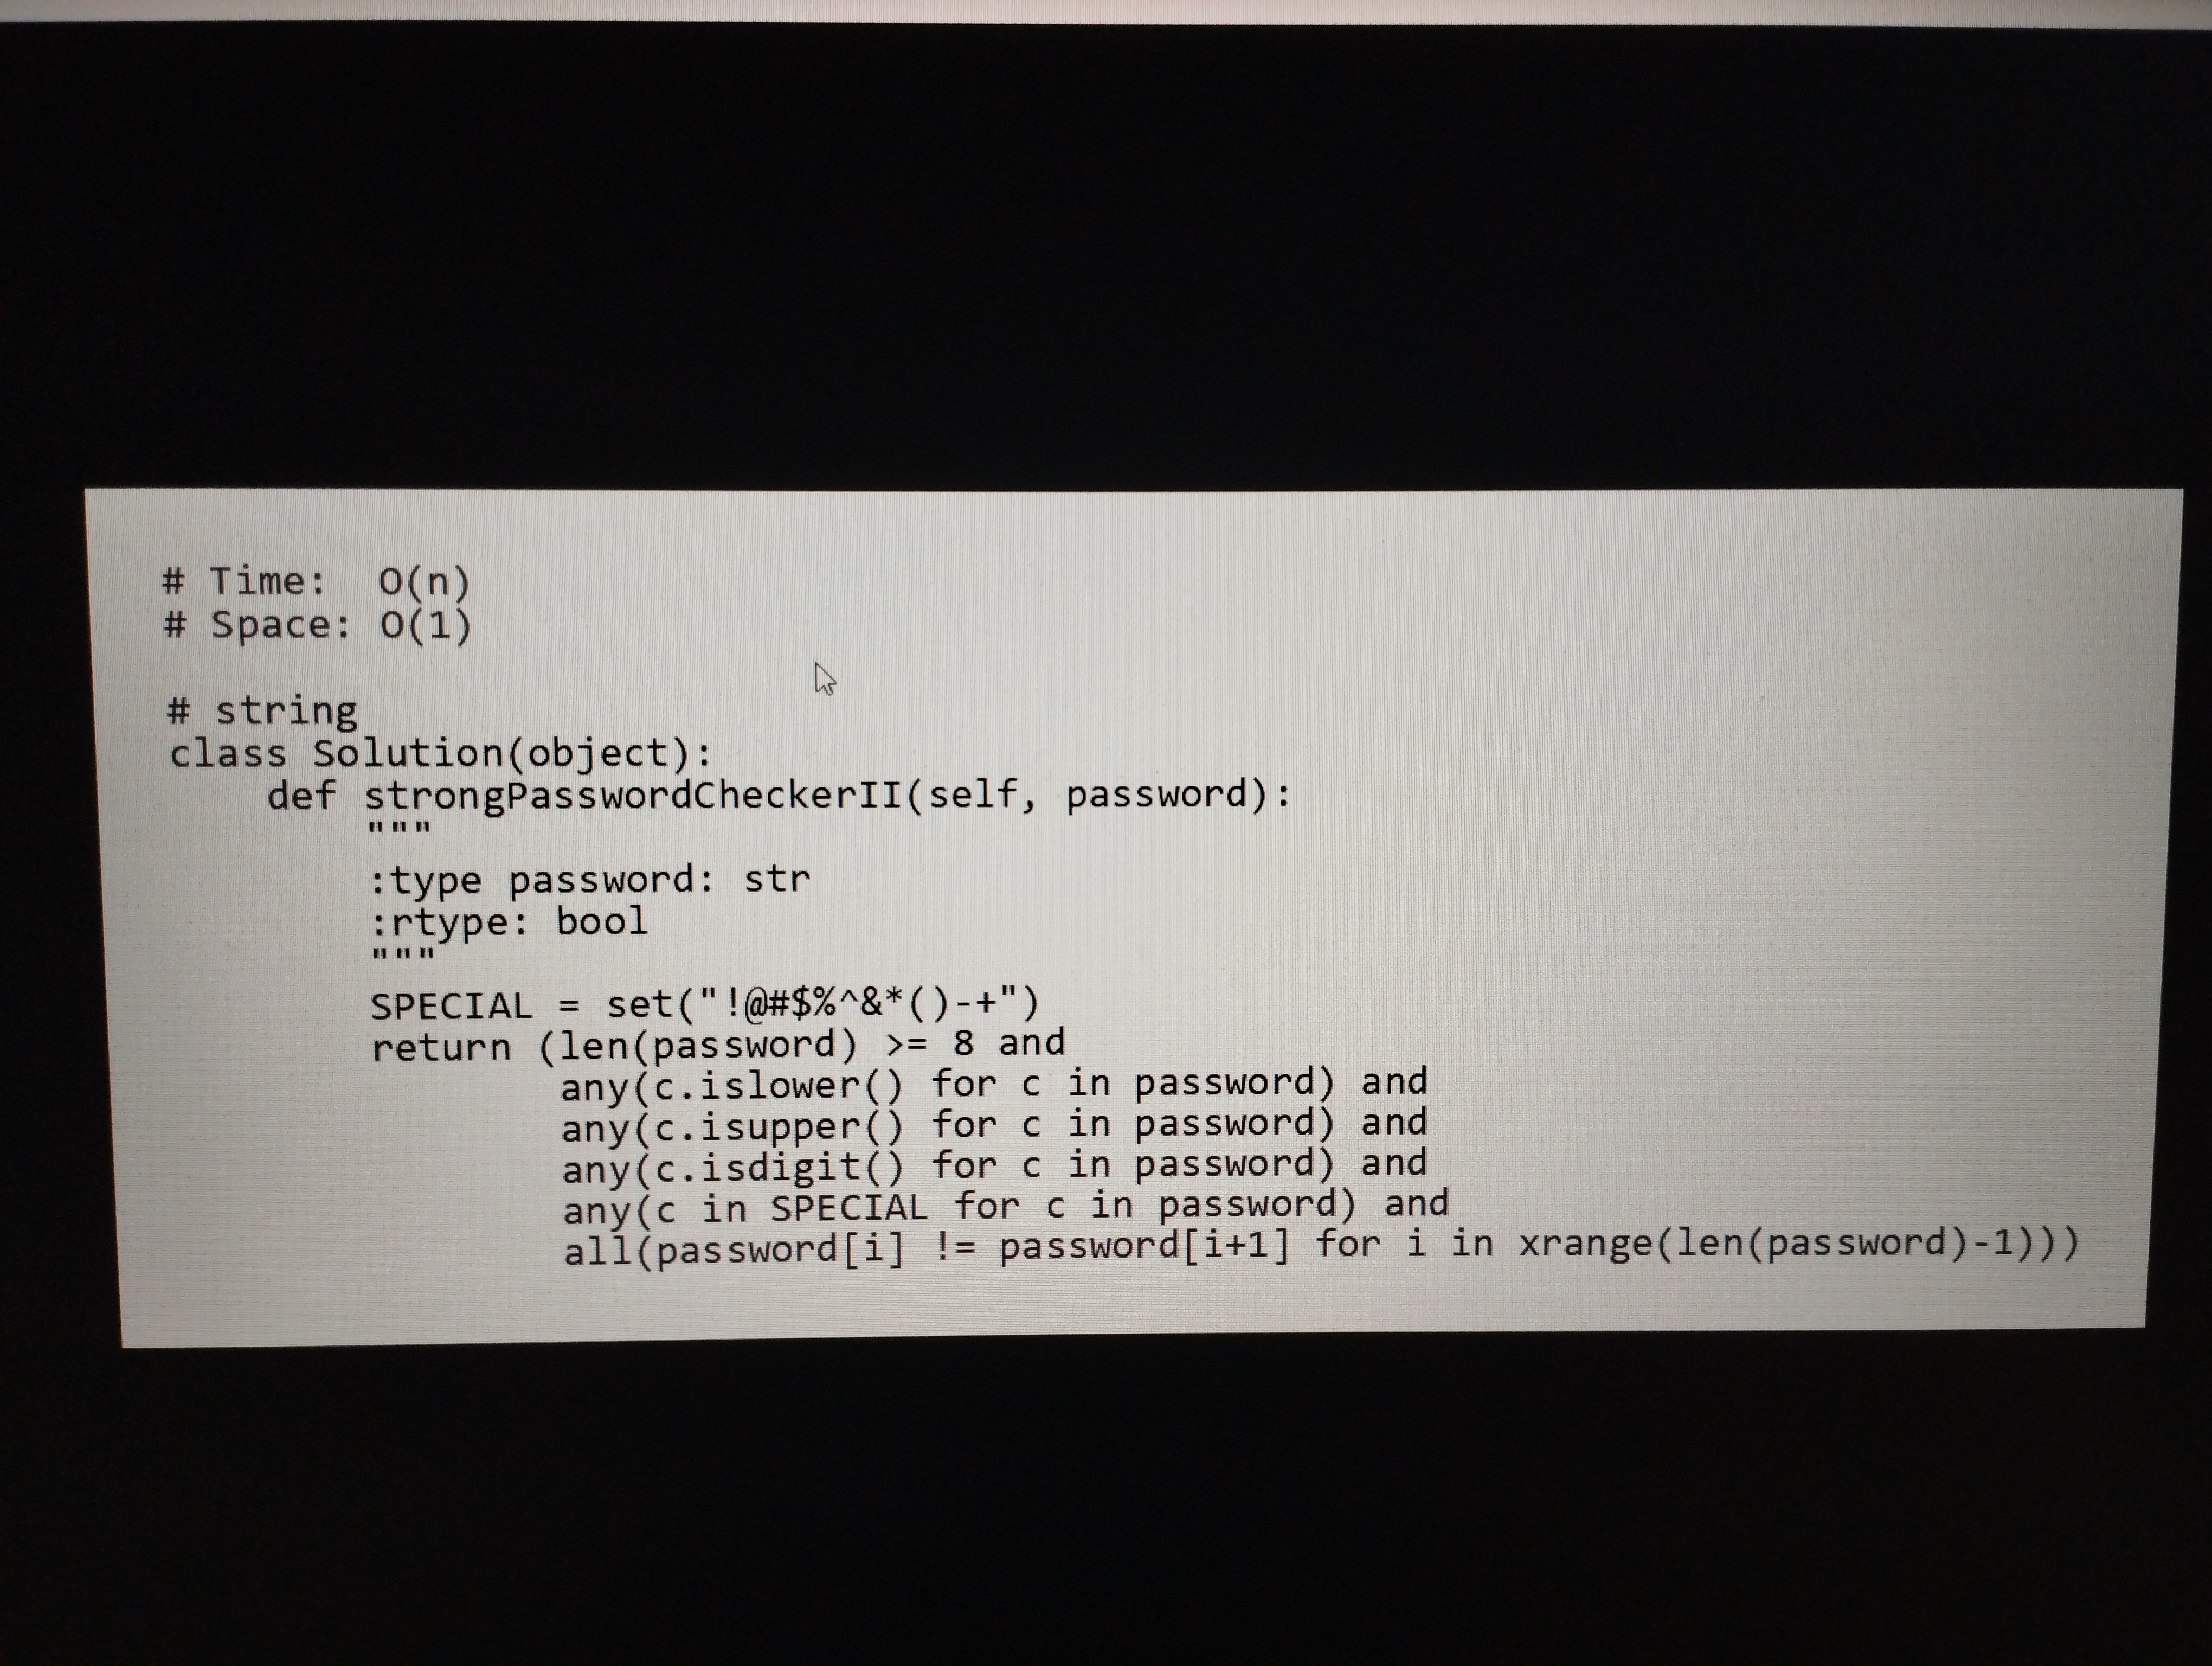
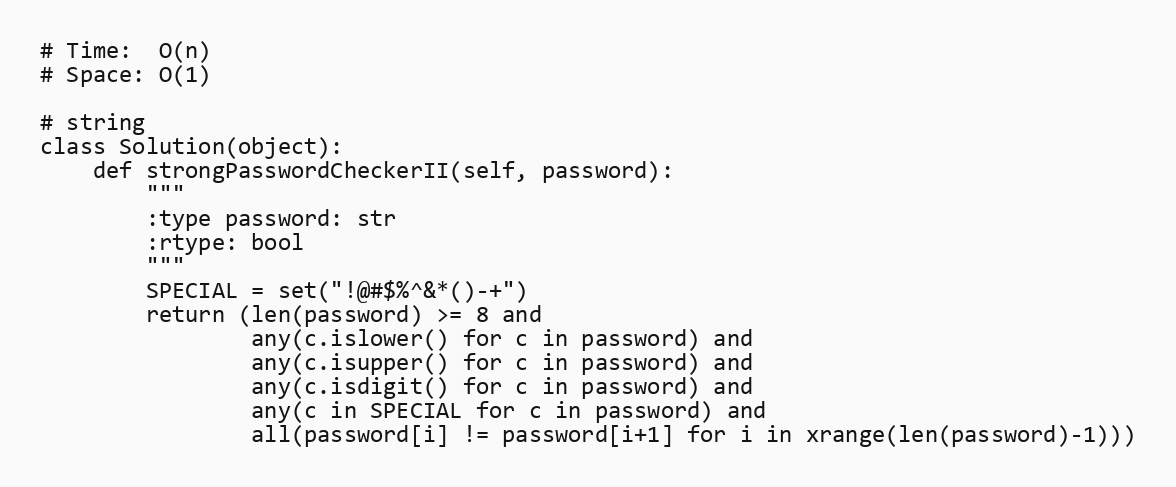
# Time:  O(n)
# Space: O(1)

# string
class Solution(object):
    def strongPasswordCheckerII(self, password):
        """
        :type password: str
        :rtype: bool
        """
        SPECIAL = set("!@#$%^&*()-+")
        return (len(password) >= 8 and
                any(c.islower() for c in password) and
                any(c.isupper() for c in password) and
                any(c.isdigit() for c in password) and
                any(c in SPECIAL for c in password) and
                all(password[i] != password[i+1] for i in xrange(len(password)-1)))